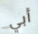
أبي